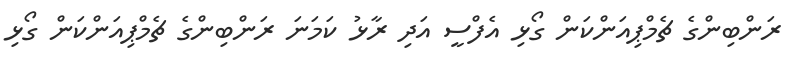
ރަންބިންގެ ޗެމްޕިއަންކަން ގޯޅި އެފްސީ އަދި ރާޅު ކަމަނަ ރަންބިންގެ ޗެމްޕިއަންކަން ގޯޅި